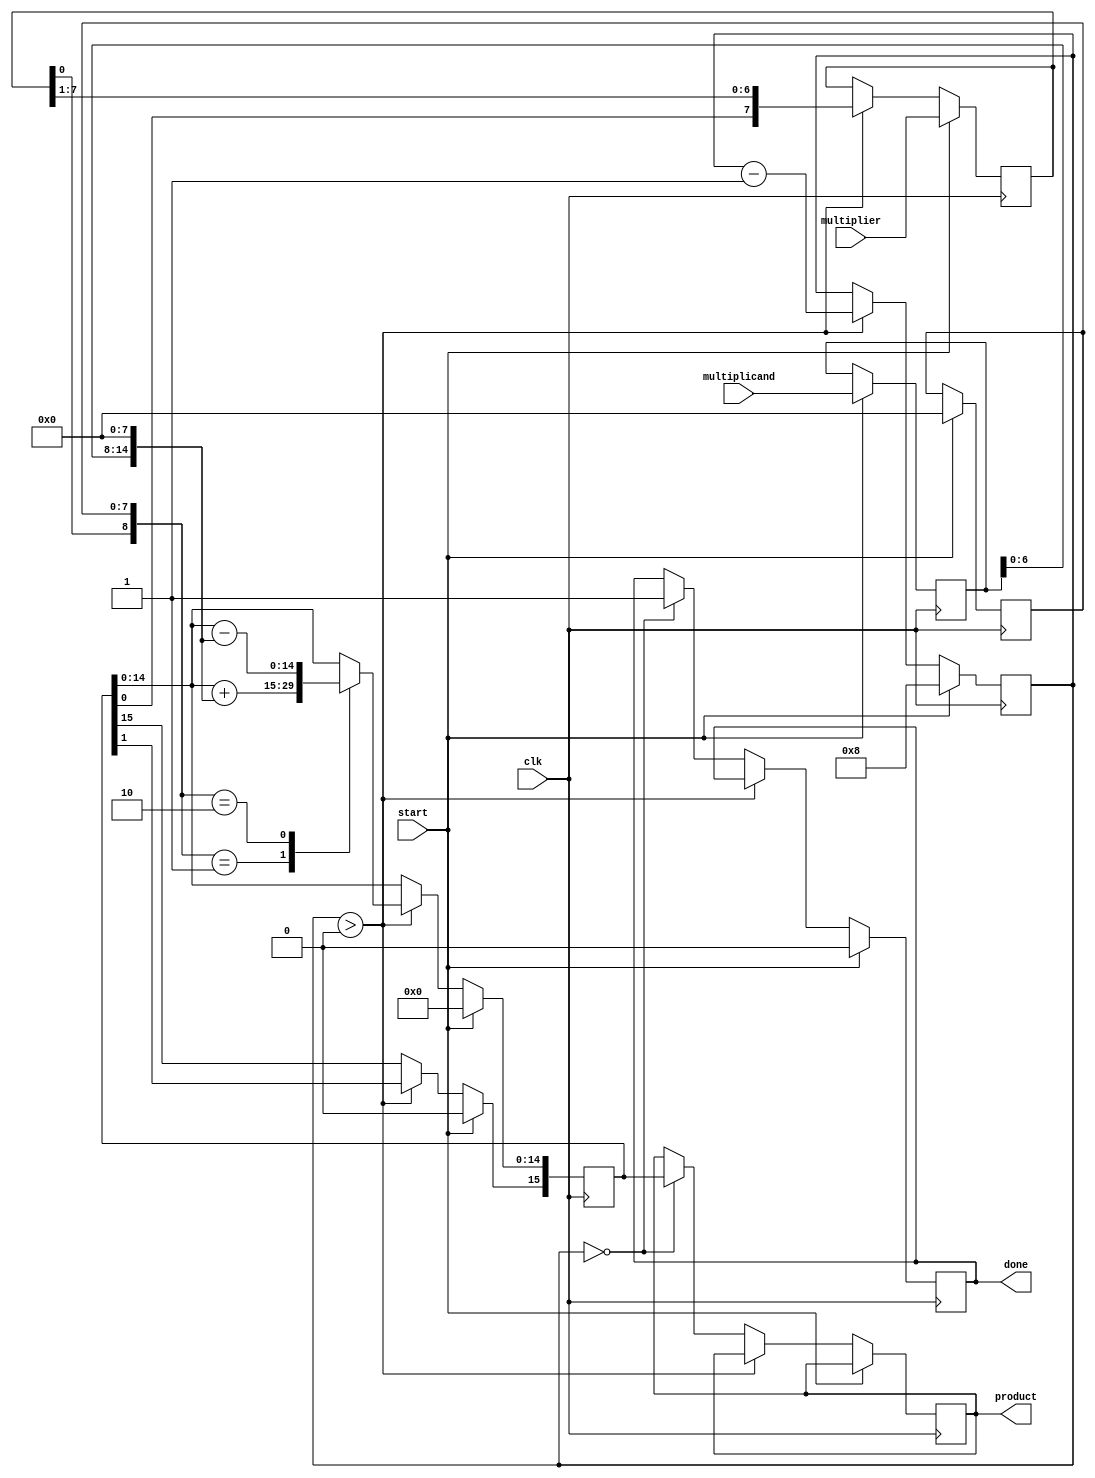
module booth_multiplier #(
    parameter WIDTH = 8 // Bit width for multiplicand and multiplier
)(
    input signed [WIDTH-1:0] multiplicand, // M
    input signed [WIDTH-1:0] multiplier,    // Q
    output reg signed [2*WIDTH-1:0] product, // P
    input clk,
    input start,
    output reg done
);

    reg signed [WIDTH-1:0] M; // Multiplicand register
    reg signed [WIDTH-1:0] Q; // Multiplier register
    reg [WIDTH-1:0] Q_1;       // Q-1 register
    reg [2*WIDTH-1:0] P;       // Product register
    reg [3:0] count;           // Count for iterations

    always @(posedge clk) begin
        if (start) begin
            // Initialize registers
            M <= multiplicand;
            Q <= multiplier;
            P <= 0;
            Q_1 <= 0;
            count <= WIDTH; // Number of bits to process
            done <= 0;
        end else if (count > 0) begin
            case ({Q[0], Q_1}) // Check the last two bits of Q and Q-1
                2'b01: P <= P + {M, {WIDTH{1'b0}}}; // P = P + M
                2'b10: P <= P - {M, {WIDTH{1'b0}}}; // P = P - M
                default: ; // No operation
            endcase

            // Arithmetic right shift
            {P[2*WIDTH-1], Q, Q_1} <= {P[2*WIDTH-1], P[2*WIDTH-2:0], Q[WIDTH-1], Q[WIDTH-2:1], Q_1}; // Shift P, Q, and Q-1

            // Update count
            count <= count - 1;
        end else if (count == 0) begin
            product <= P; // Final product
            done <= 1;    // Indicate completion
        end
    end
endmodule